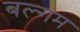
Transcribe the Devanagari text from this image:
बल्गम